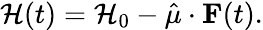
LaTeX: \mathcal{H}(t)=\mathcal{H}_{0}-\hat{\mu}\cdot\mathbf{F}(t).